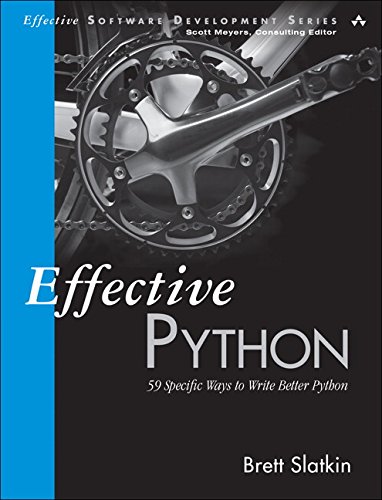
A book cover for Effective Python: 59 Specific Ways to Write Better Python (Effective Software Development Series); Brett Slatkin; Computers & Technology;